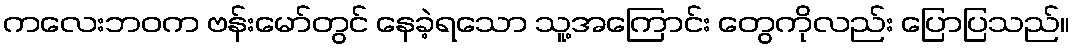
ကလေးဘဝက ဗန်းမော်တွင် နေခဲ့ရသော သူ့အကြောင်း တွေကိုလည်း ပြောပြသည်။